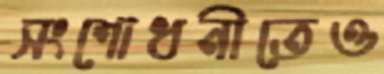
সংশোধনীতেও